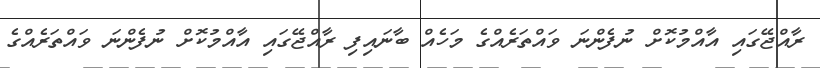
ރާއްޖޭގައި އާއްމުކޮށް ނުފެންނަ ވައްތަރެއްގެ މަހެއް ބާނައިފި ރާއްޖޭގައި އާއްމުކޮށް ނުފެންނަ ވައްތަރެއްގެ